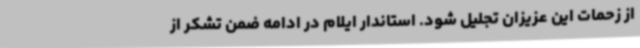
از زحمات این عزیزان تجلیل شود. استاندار ایلام در ادامه ضمن تشکر از